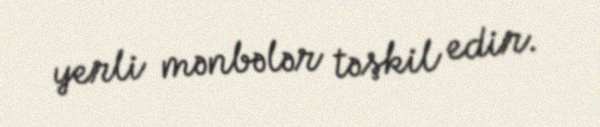
yerli mənbələr təşkil edir.